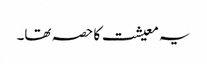
یہ معیشت کا حصہ تھا۔